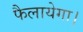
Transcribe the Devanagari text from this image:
फैलायेगा।